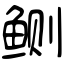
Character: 鲗